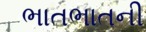
ભાતભાતની